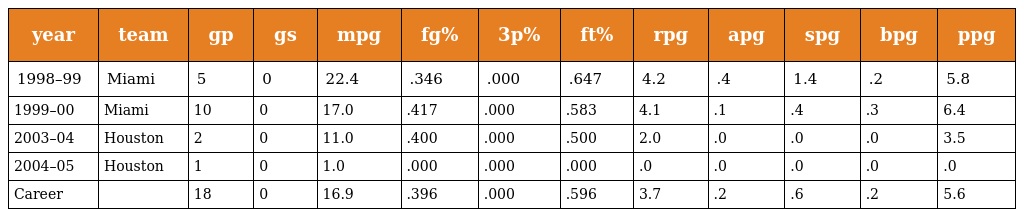
| year | team | gp | gs | mpg | fg% | 3p% | ft% | rpg | apg | spg | bpg | ppg |
 | --- | --- | --- | --- | --- | --- | --- | --- | --- | --- | --- | --- | --- |
 | 1998–99 | Miami | 5 | 0 | 22.4 | .346 | .000 | .647 | 4.2 | .4 | 1.4 | .2 | 5.8 |
 | 1999–00 | Miami | 10 | 0 | 17.0 | .417 | .000 | .583 | 4.1 | .1 | .4 | .3 | 6.4 |
 | 2003–04 | Houston | 2 | 0 | 11.0 | .400 | .000 | .500 | 2.0 | .0 | .0 | .0 | 3.5 |
 | 2004–05 | Houston | 1 | 0 | 1.0 | .000 | .000 | .000 | .0 | .0 | .0 | .0 | .0 |
 | Career |  | 18 | 0 | 16.9 | .396 | .000 | .596 | 3.7 | .2 | .6 | .2 | 5.6 |